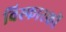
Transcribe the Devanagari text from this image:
विस्फारकों